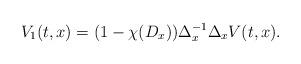
LaTeX: \begin{align*}V_1(t,x)=(1-\chi(D_x))\Delta^{-1}_x\Delta_x V(t,x).\end{align*}